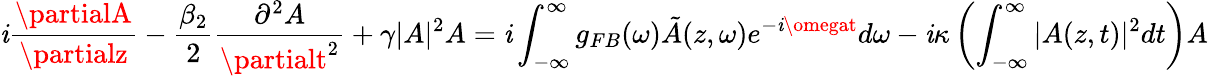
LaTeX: \mathit{i}\frac{{\partialA}}{{\partialz}}-\frac{{\beta_{2}}}{{2}}\frac{{\partial^{2}A}}{{\partialt^{2}}}+\gamma|A|^{2}A=\mathit{i}\int_{-\infty}^{\infty}g_{FB}(\omega)\tilde{{A}}(z,\omega)e^{-\mathit{i}\omegat}d\omega-\mathit{i}\kappa\left(\int_{-\infty}^{\infty}{|A(z,t)|^{2}dt}\right)A